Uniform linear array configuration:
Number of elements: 8
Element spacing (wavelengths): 0.25
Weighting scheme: exponential
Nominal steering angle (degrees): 15
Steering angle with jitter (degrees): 13.298
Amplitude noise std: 0.05
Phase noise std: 0.05

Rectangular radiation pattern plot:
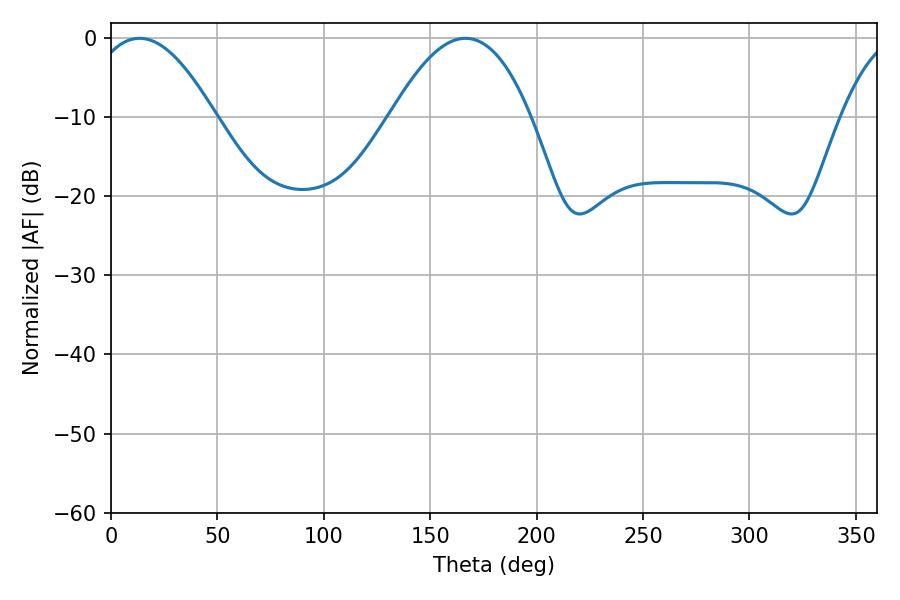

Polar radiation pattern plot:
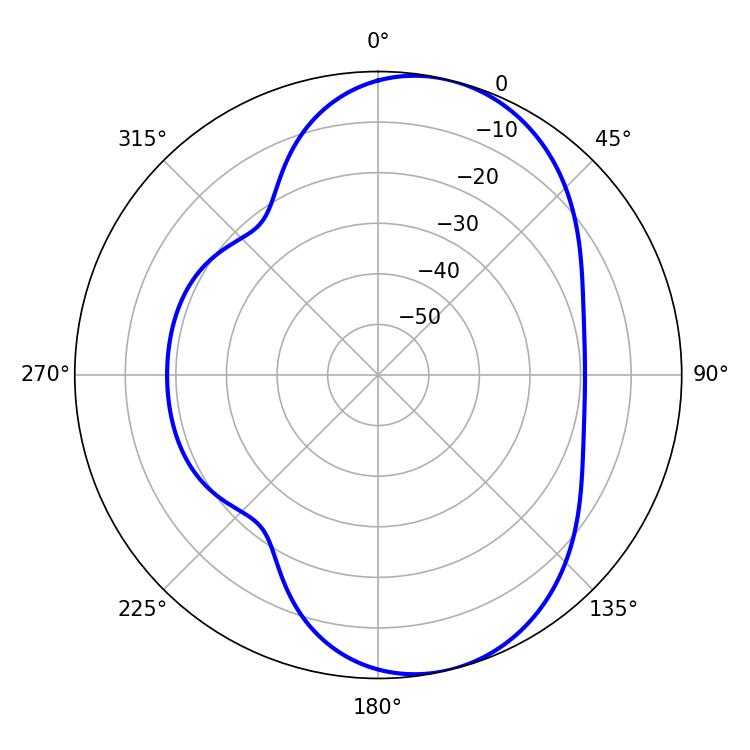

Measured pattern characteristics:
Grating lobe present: FALSE
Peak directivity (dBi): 7.706
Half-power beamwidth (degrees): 32.22
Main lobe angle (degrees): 13.5